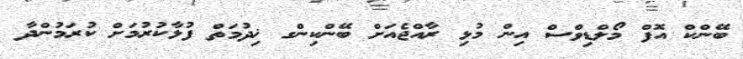
ބޭންކް އޮފް މޯލްޑިވްސް އިން މުޅި ރާއްޖެއަށް ބޭންކިންގ ޚިދުމަތް ފުޅާކުރުމަށް ކުރަމުންދާ